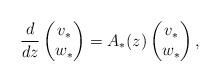
LaTeX: \begin{align*}\frac{d}{dz}\begin{pmatrix}v_*\\w_*\end{pmatrix}=A_*(z)\begin{pmatrix}v_*\\w_*\end{pmatrix},\end{align*}